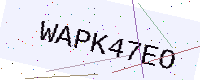
Text: WAPK47EO